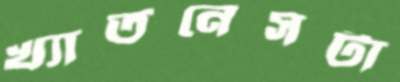
খ্যাতনেসটা